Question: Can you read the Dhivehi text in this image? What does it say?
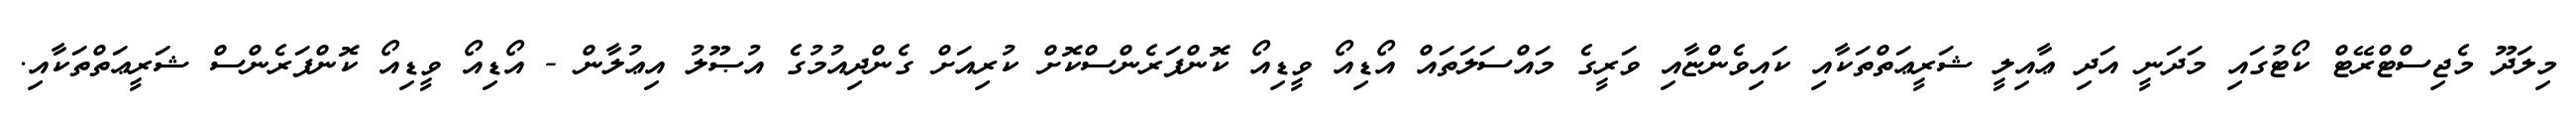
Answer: މިލަދޫ މެޖިސްޓްރޭޓް ކޯޓުގައި މަދަނީ އަދި ޢާއިލީ ޝަރީޢަތްތަކާއި ކައިވެންޏާއި ވަރީގެ މައްސަލަތައް އޯޑިއޯ ވީޑިއޯ ކޮންފަރެންސްކޮށް ކުރިއަށް ގެންދިއުމުގެ އުޞޫލު އިޢުލާން - އޯޑިއޯ ވީޑިއޯ ކޮންފަރެންސް ޝަރީޢަތްތަކާއި.